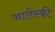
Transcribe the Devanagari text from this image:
जालेंस्की